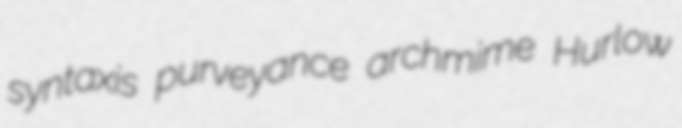
syntaxis purveyance archmime Hurlow